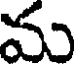
మ